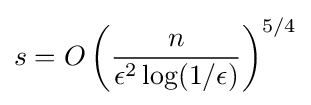
\displaystyle s=O\left({\frac {n}{\epsilon ^{2}\log(1/\epsilon )}}\right)^{5/4}